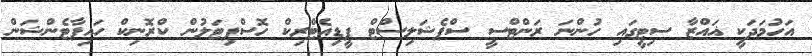
އަހުމަދަކީ ޣައްޒާ ސިޓީގައި ހުންނަ ރަންޓްސީ ސްޕެޝަލިސްޓް ޕީޑިއެޓްރިކް ހޮސްޕިޓަލުން ކްރޮނިކް ހައިޕާޓެންޝަން